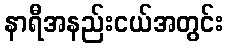
နာရီအနည်းငယ်အတွင်း